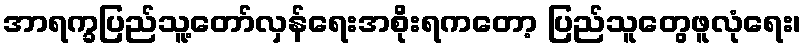
အာရက္ခပြည်သူ့တော်လှန်ရေးအစိုးရကတော့ ပြည်သူတွေဖူလုံရေး၊